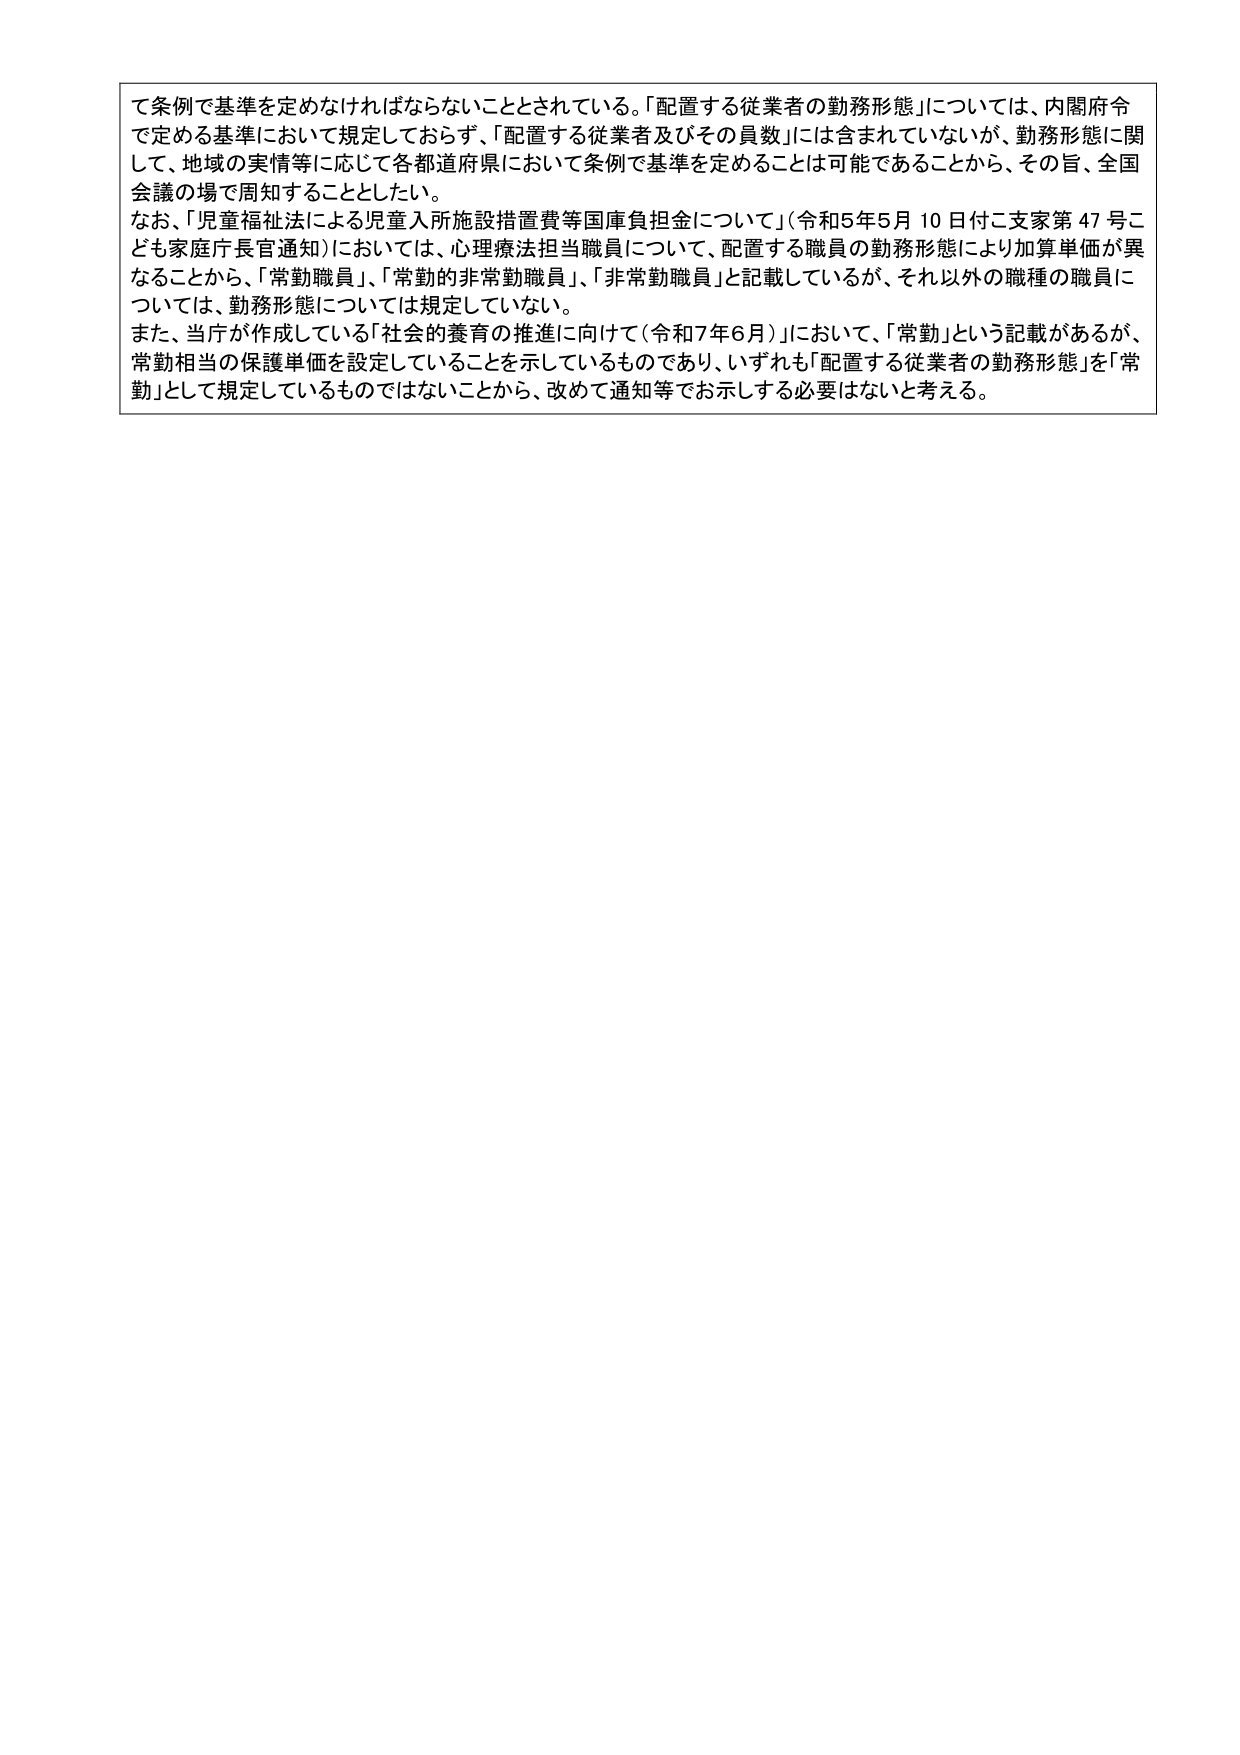
て条例で基準を定めなければならないこととされている。「配置する従業者の勤務形態」については、内閣府令で定める基準において規定しておらず、「配置する従業者及びその員数」には含まれていないが、勤務形態に関して、地域の実情等に応じて各都道府県において条例で基準を定めることは可能であることから、その旨、全国会議の場で周知することとしたい。

なお、「児童福祉法による児童入所施設措置費等国庫負担金について」（令和5年5月10日付ご支家第47号こども家庭庁長官通知）においては、心理療法担当職員について、配置する職員の勤務形態により加算単価が異なることから、「常勤職員」、「常勤の非常勤職員」、「非常勤職員」と記載しているが、それ以外の職種の職員については、勤務形態については規定していない。

また、当庁が作成している「社会的養育の推進に向けて（令和7年6月）」において、「常勤」という記載があるが、常勤相当の保護単価を設定していることを示しているものであり、いずれも「配置する従業者の勤務形態」を「常勤」として規定しているものではないことから、改めて通知等でお示しする必要はないと考える。